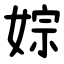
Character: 婃